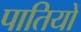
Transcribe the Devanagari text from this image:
पातियों